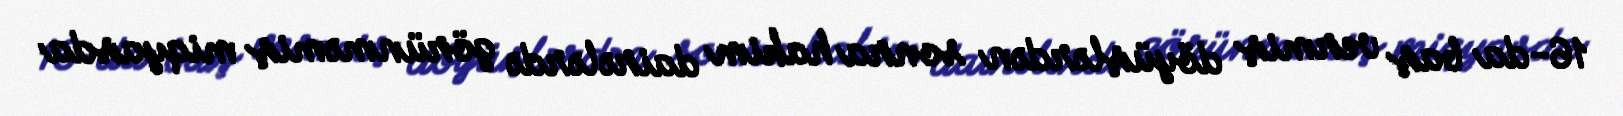
16-da baş vermiş döyüşlərdən sonra hakim dairələrdə görünməmiş miqyasda